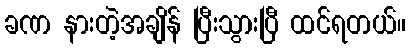
ခဏ နားတဲ့အချိန် ပြီးသွားပြီ ထင်ရတယ်။